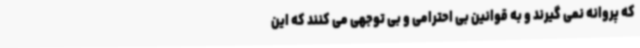
که پروانه نمی گیرند و به قوانین بی احترامی و بی توجهی می کنند که این